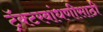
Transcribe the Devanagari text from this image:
ट्रॅक्टरबांधणीसाठी